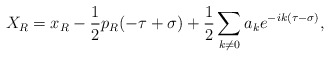
\begin{align*}X_R = x_R - \frac{1}{2} p_R (-\tau +\sigma) +\frac{1}{2} \sum_{k \neq 0} a_k e^{-ik(\tau -\sigma)},\end{align*}